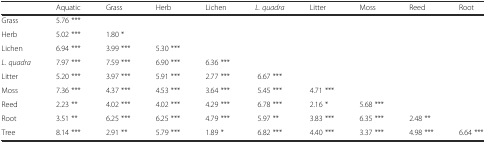
<table><thead><tr><td></td><td><b>Aquatic</b></td><td><b>Grass</b></td><td><b>Herb</b></td><td><b>Lichen</b></td><td><b><i>L. quadra</i></b></td><td><b>Litter</b></td><td><b>Moss</b></td><td><b>Reed</b></td><td><b>Root</b></td></tr></thead><tbody><tr><td>Grass</td><td>5.76 ***</td><td></td><td></td><td></td><td></td><td></td><td></td><td></td><td></td></tr><tr><td>Herb</td><td>5.02 ***</td><td>1.80 *</td><td></td><td></td><td></td><td></td><td></td><td></td><td></td></tr><tr><td>Lichen</td><td>6.94 ***</td><td>3.99 ***</td><td>5.30 ***</td><td></td><td></td><td></td><td></td><td></td><td></td></tr><tr><td><i>L. quadra</i></td><td>7.97 ***</td><td>7.59 ***</td><td>6.90 ***</td><td>6.36 ***</td><td></td><td></td><td></td><td></td><td></td></tr><tr><td>Litter</td><td>5.20 ***</td><td>3.97 ***</td><td>5.91 ***</td><td>2.77 ***</td><td>6.67 ***</td><td></td><td></td><td></td><td></td></tr><tr><td>Moss</td><td>7.36 ***</td><td>4.37 ***</td><td>4.53 ***</td><td>3.64 ***</td><td>5.45 ***</td><td>4.71 ***</td><td></td><td></td><td></td></tr><tr><td>Reed</td><td>2.23 **</td><td>4.02 ***</td><td>4.02 ***</td><td>4.29 ***</td><td>6.78 ***</td><td>2.16 *</td><td>5.68 ***</td><td></td><td></td></tr><tr><td>Root</td><td>3.51 **</td><td>6.25 ***</td><td>6.25 ***</td><td>4.79 ***</td><td>5.97 **</td><td>3.83 ***</td><td>6.35 ***</td><td>2.48 **</td><td></td></tr><tr><td>Tree</td><td>8.14 ***</td><td>2.91 **</td><td>5.79 ***</td><td>1.89 *</td><td>6.82 ***</td><td>4.40 ***</td><td>3.37 ***</td><td>4.98 ***</td><td>6.64 ***</td></tr></tbody></table>